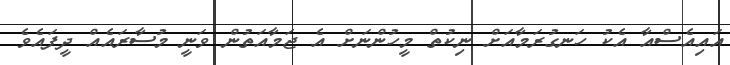
އައިއެސްއާ އެކު ހަނގުރަމާއަށް ނިކުތް މީހުންނަށް އެ ޖަމާއަތުން ވަނީ މުސާރައެއް ދީފައެވެ